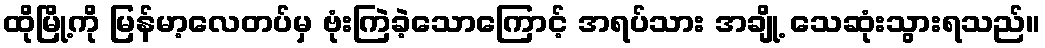
ထိုမြို့ကို မြန်မာ့လေတပ်မှ ဗုံးကြဲခဲ့သောကြောင့် အရပ်သား အချို့ သေဆုံးသွားရသည်။